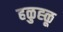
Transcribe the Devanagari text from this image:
हळुह्ळू